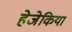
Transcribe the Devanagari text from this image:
हेजेकिया